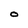
Character: O